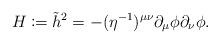
LaTeX: \begin{align*} H\coloneqq\tilde{h}^2=-(\eta^{-1})^{\mu\nu}\partial_\mu\phi\partial_\nu\phi.\end{align*}